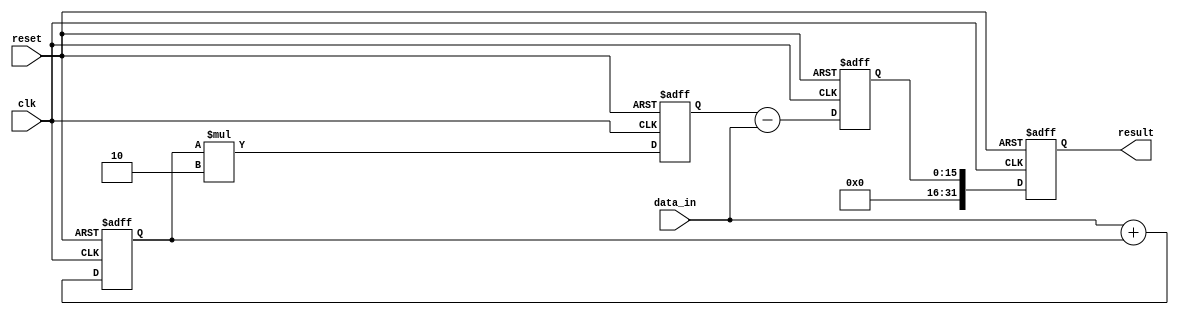
module Pipeline_accumulator (
    input wire clk,
    input wire reset,
    input wire [7:0] data_in,
    output reg [31:0] result
);

reg [15:0] stage1_result;
reg [15:0] stage2_result;
reg [15:0] stage3_result;

always @(posedge clk or posedge reset) begin
    if (reset) begin
        stage1_result <= 16'd0;
        stage2_result <= 16'd0;
        stage3_result <= 16'd0;
        result <= 32'd0;
    end else begin
        stage1_result <= data_in + stage1_result;
        stage2_result <= stage1_result * 2;
        stage3_result <= stage2_result - data_in;
        result <= stage3_result;
    end
end

endmodule